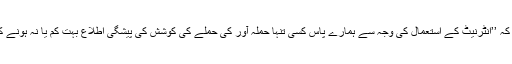
انہوں نے کہا کہ ’’انٹرنیٹ کے استعمال کی وجہ سے ہمارے پاس کسی تنہا حملہ آور کی حملے کی کوشش کی پیشگی اطلاع بہت کم یا نہ ہونے کے برابر ہے۔